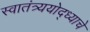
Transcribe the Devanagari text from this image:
स्वातंत्र्ययोद्‌ध्याचे